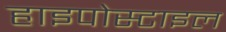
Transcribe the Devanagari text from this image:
हाइपोस्टाइल